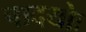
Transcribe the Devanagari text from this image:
पादयोः